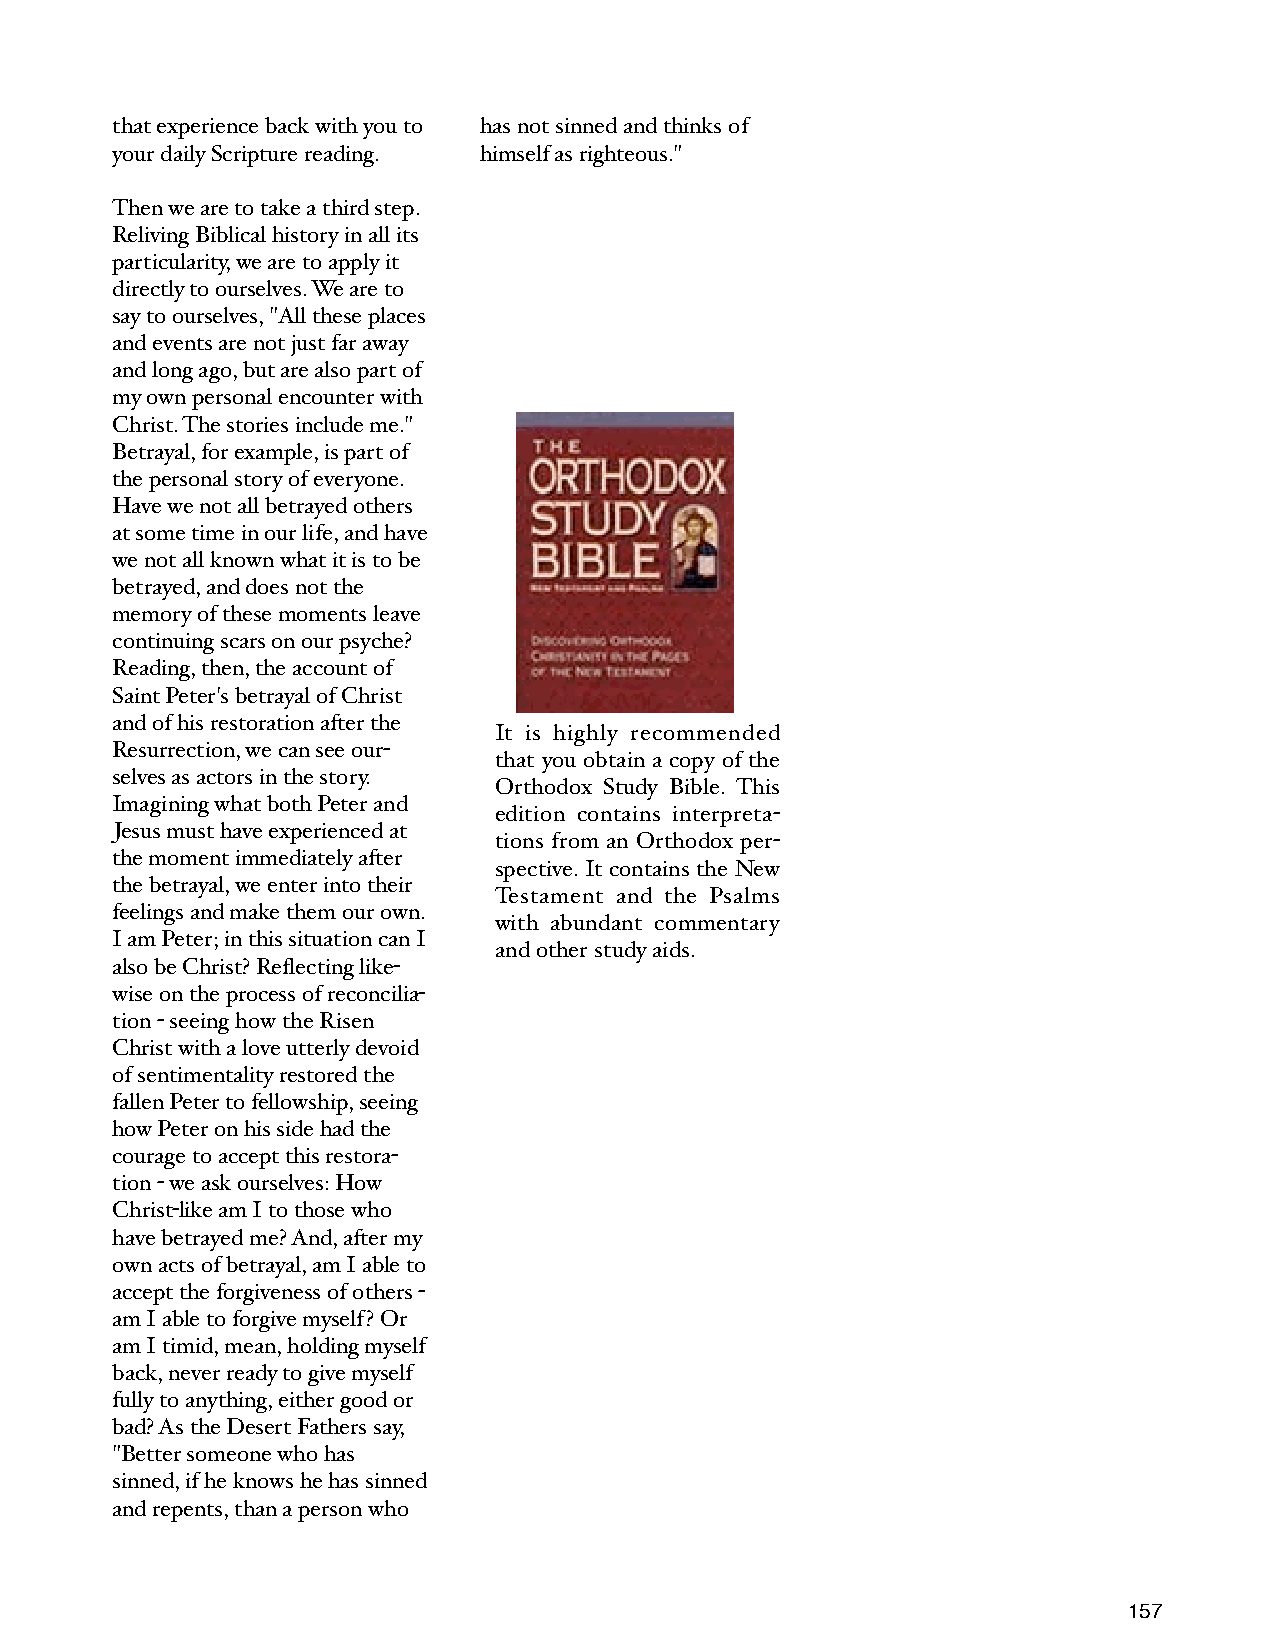
that experience back with you to has not sinned and thinks of
 your daily Scripture reading. himself as righteous."
 Then we are to take a third step.
 Reliving Biblical history in all its
 particularity, we are to apply it
 directly to ourselves. We are to
 say to ourselves, "All these places
 and events are not just far away
 and long ago, but are also part of
 my own personal encounter with
 Christ. The stories include me."
 Betrayal, for example, is part of
 the personal story of everyone.
 Have we not all betrayed others
 at some time in our life, and have
 we not all known what it is to be
 betrayed, and does not the
 memory of these moments leave
 continuing scars on our psyche?
 Reading, then, the account of
 Saint Peter's betrayal of Christ
 and of his restoration after the
 It is highly recommended
 Resurrection, we can see our-
 that you obtain a copy of the
 selves as actors in the story.
 Orthodox Study Bible. This
 Imagining what both Peter and
 edition contains interpreta-
 Jesus must have experienced at
 tions from an Orthodox per-
 the moment immediately after
 spective. It contains the New
 the betrayal, we enter into their
 Testament and the Psalms
 feelings and make them our own.
 with abundant commentary
 I am Peter; in this situation can I
 and other study aids.
 also be Christ? Reflecting like-
 wise on the process of reconcilia-
 tion - seeing how the Risen
 Christ with a love utterly devoid
 of sentimentality restored the
 fallen Peter to fellowship, seeing
 how Peter on his side had the
 courage to accept this restora-
 tion - we ask ourselves: How
 Christ-like am I to those who
 have betrayed me? And, after my
 own acts of betrayal, am I able to
 accept the forgiveness of others -
 am I able to forgive myself? Or
 am I timid, mean, holding myself
 back, never ready to give myself
 fully to anything, either good or
 bad? As the Desert Fathers say,
 "Better someone who has
 sinned, if he knows he has sinned
 and repents, than a person who
 157